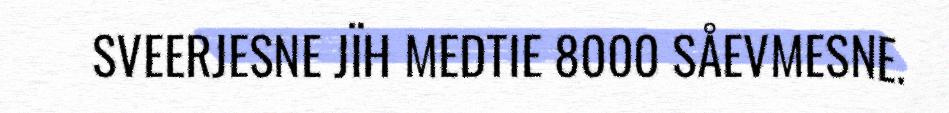
SVEERJESNE JÏH MEDTIE 8000 SÅEVMESNE.